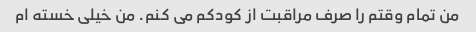
من تمام وقتم را صرف مراقبت از کودکم می کنم. من خیلی خسته ام